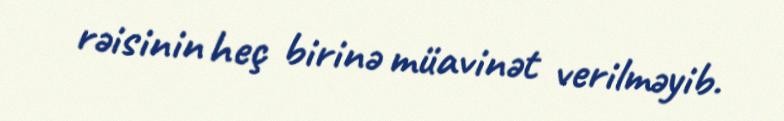
rəisinin heç birinə müavinət verilməyib.